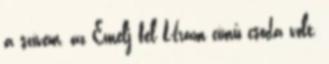
a szívem, az Emelj fel Uram című csoda volt,